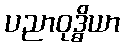
ပညာဝုဒ္ဓိယာ